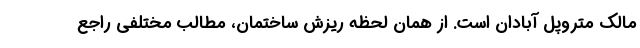
مالک متروپل آبادان است. از همان لحظه ریزش ساختمان، مطالب مختلفی راجع